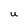
Character: U